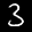
Label: 3